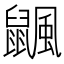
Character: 𪕴